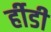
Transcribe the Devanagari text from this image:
र्हीडी